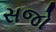
સજો